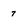
Character: 7